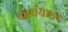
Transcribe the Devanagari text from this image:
कार्ययालय